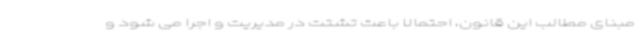
مبنای مطالب این قانون، احتمالا باعث تشتت در مدیریت و اجرا می شود و